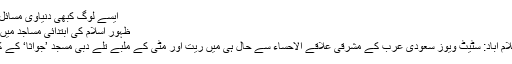
ایسے لوگ کبھی دنیاوی مسائل س...	Read more
ظہور اسلام کی ابتدائی مساجد میں سے ایک مسجد دریافت
رپورٹ : احمد ہارون اسلام آباد: سٹیٹ ویوز سعودی عرب کے مشرقی علاقے الاحساء سے حال ہی میں ریت اور مٹی کے ملبے تلے دبی مسجد ’جواثا‘ کے کھنڈرات برآمدہوئے ہیں۔